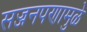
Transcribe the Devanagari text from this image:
सज्जनपणामुळे